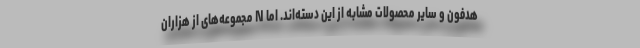
هدفون و سایر محصولات مشابه از این دسته‌اند. اما N مجموعه‌های از هزاران